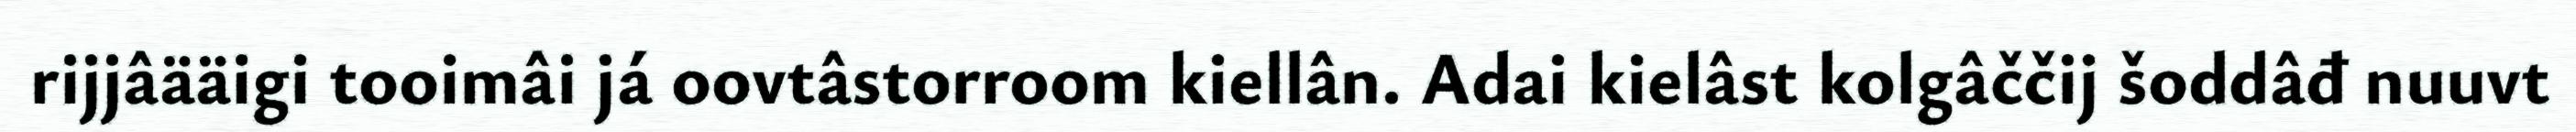
rijjâääigi tooimâi já oovtâstorroom kiellân. Adai kielâst kolgâččij šoddâđ nuuvt